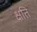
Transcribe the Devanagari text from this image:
क्षति